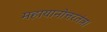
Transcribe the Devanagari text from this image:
महायानोत्तरतंत्र।